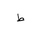
Letter: _da